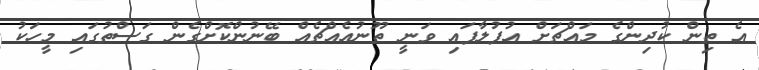
އެ ތިން ކުދިންގެ މައްޗަށް އުފުލާފައި ވަނީ ތޫނުއެއްޗެއް ބޭނުންކޮށްގެން ގަސްތުގައި މީހަކު